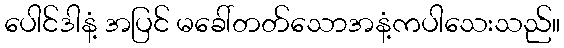
ပေါင်ဒါနံ့ အပြင် မခေါ်တတ်သောအနံ့ကပါသေးသည်။